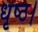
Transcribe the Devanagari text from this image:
धृष्ठ।